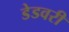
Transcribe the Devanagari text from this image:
डेडवरी